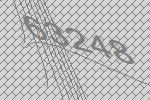
63248